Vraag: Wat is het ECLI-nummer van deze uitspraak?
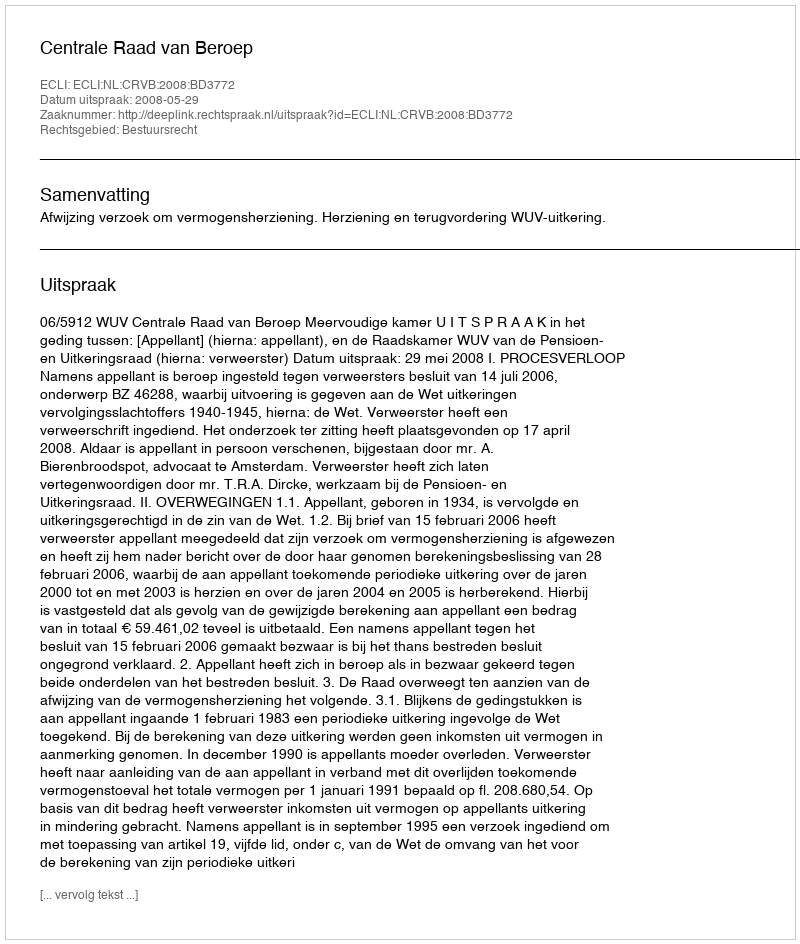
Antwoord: ECLI:NL:CRVB:2008:BD3772